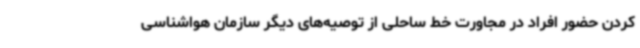
کردن حضور افراد در مجاورت خط ساحلی از توصیه‌های دیگر سازمان هواشناسی